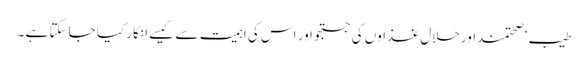
طیب ‘ صحتمنداورحلال غذاوں کی جستجو اور اس کی اہمیت سے کیسے انکار کیا جاسکتا ہے ۔